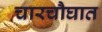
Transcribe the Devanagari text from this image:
चारचौघात